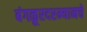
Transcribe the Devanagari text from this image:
बंगळूरदरम्यानचे